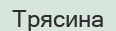
Трясина